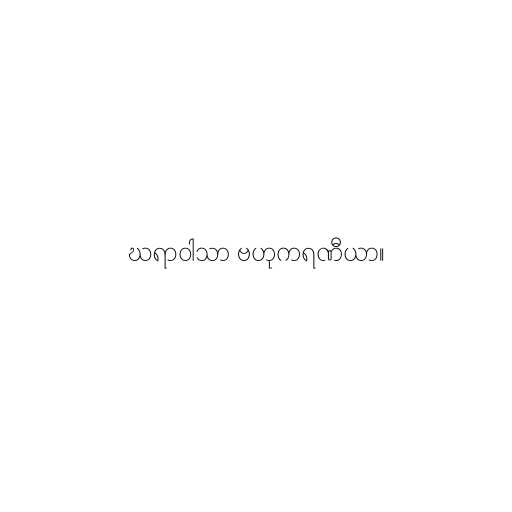
ဃရာဝါသာ ဗဟုကရဏီယာ။